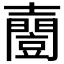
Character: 𡕌